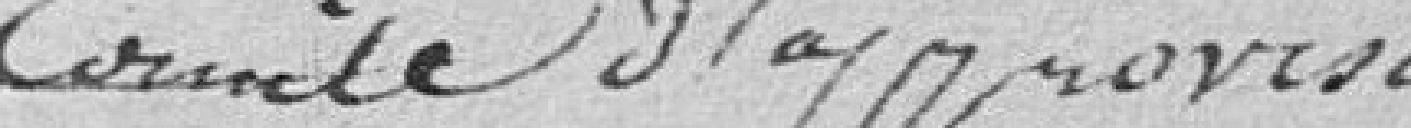
comité d'approvisionnement